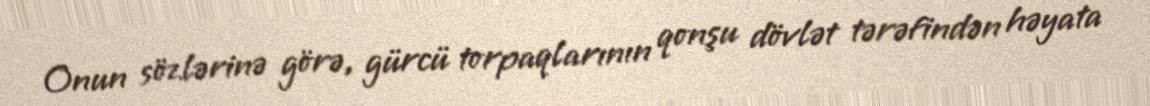
Onun sözlərinə görə, gürcü torpaqlarının qonşu dövlət tərəfindən həyata